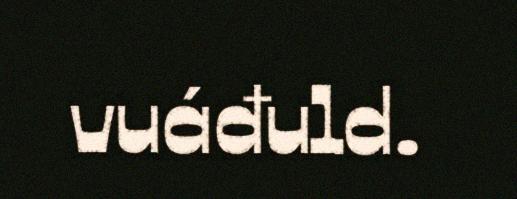
vuáđuld.